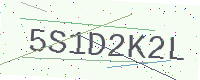
Text: 5S1D2K2L